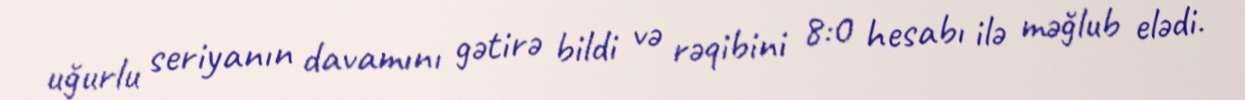
uğurlu seriyanın davamını gətirə bildi və rəqibini 8:0 hesabı ilə məğlub elədi.